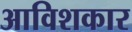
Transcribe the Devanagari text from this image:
आविशकार